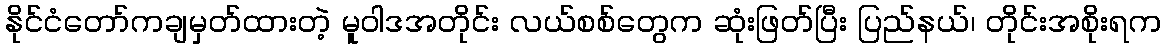
နိုင်ငံတော်ကချမှတ်ထားတဲ့ မူဝါဒအတိုင်း လယ်စစ်တွေက ဆုံးဖြတ်ပြီး ပြည်နယ်၊ တိုင်းအစိုးရက